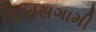
વિકાસગામી